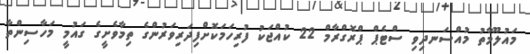
މައުލޫމާތު މުއްސަނދިވި ސްޓެޕް ޕްރޮގްރާމް 22 ކުއްޖަކު ފުރިހަމަކޮށްފިދަރިވަރުންގެ ތިމާވެށީގެ ގައުމީ މަހާސިންތާ